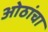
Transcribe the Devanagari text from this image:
ओठांचा